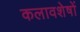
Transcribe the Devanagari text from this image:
कलावशेषों